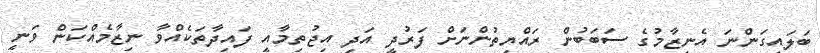
ބަލައިގަންނަ އެނިޒާމުގެ ސަބަބުން ރައްޔިތުންނަށް ފަރުދީ އަދި އިޖުތިމާއީ ފައިދާތަކެއްވާ ނިޒާމެއްކަން ވަނީ